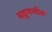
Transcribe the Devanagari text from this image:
सद्गुणशील